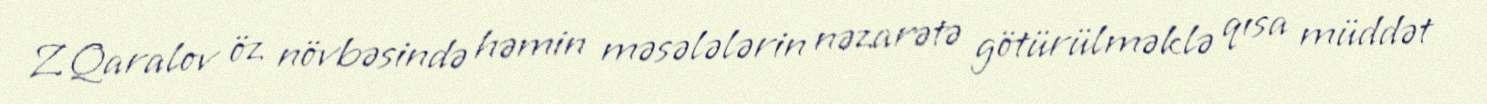
Z.Qaralov öz növbəsində həmin məsələlərin nəzarətə götürülməklə qısa müddət